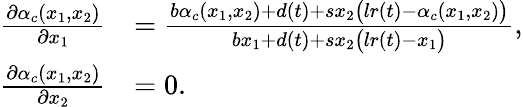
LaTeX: \begin{array}{rl}{\frac{\partial\alpha_{c}(x_{1},x_{2})}{\partial x_{1}}}&{=\frac{b\alpha_{c}(x_{1},x_{2})+d(t)+sx_{2}\big(lr(t)-\alpha_{c}(x_{1},x_{2})\big)}{bx_{1}+d(t)+sx_{2}\big(lr(t)-x_{1}\big)},}\\ {\frac{\partial\alpha_{c}(x_{1},x_{2})}{\partial x_{2}}}&{=0.}\end{array}